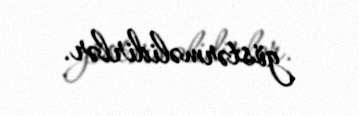
göstərməlidirlər.